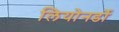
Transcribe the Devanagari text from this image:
लियोनर्डो